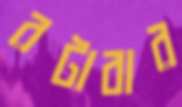
রটাবার